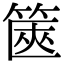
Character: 篋